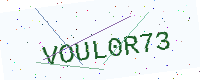
Text: VOUL0R73